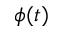
\phi ( t )